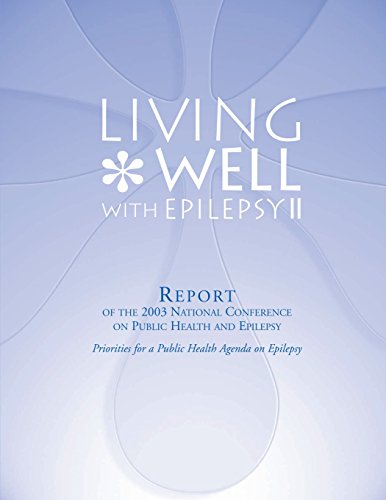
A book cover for Living Well with Epilepsy II:  Report of the 2003 National Conference on Public Health and Epilepsy; Centers for Disease Control and Prevention; Health, Fitness & Dieting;